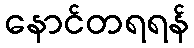
နောင်တရရန်